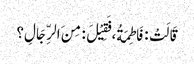
قَالَتْ : فَاطِمَةُ، فَقِیْلَ : مِنَ الرِّجَالِ؟